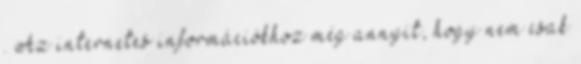
. Az internetes információkhoz még annyit, hogy nem csak